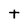
Character: T